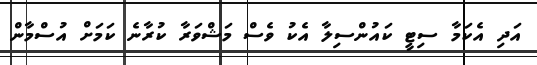
އަދި އެކަމާ ސިޓީ ކައުންސިލާ އެކު ވެސް މަޝްވަރާ ކުރާނެ ކަމަށް އުސްމާން